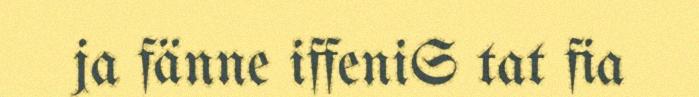
ja fänne iffeniS tat fia